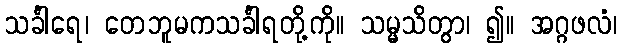
သင်္ခါရေ၊ တေဘူမကသင်္ခါရတို့ကို။ သမ္မသိတွာ၊ ၍။ အဂ္ဂဖလံ၊